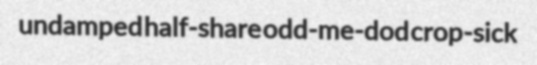
undamped half-share odd-me-dod crop-sick